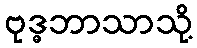
ဗုဒ္ဓဘာသာသို့